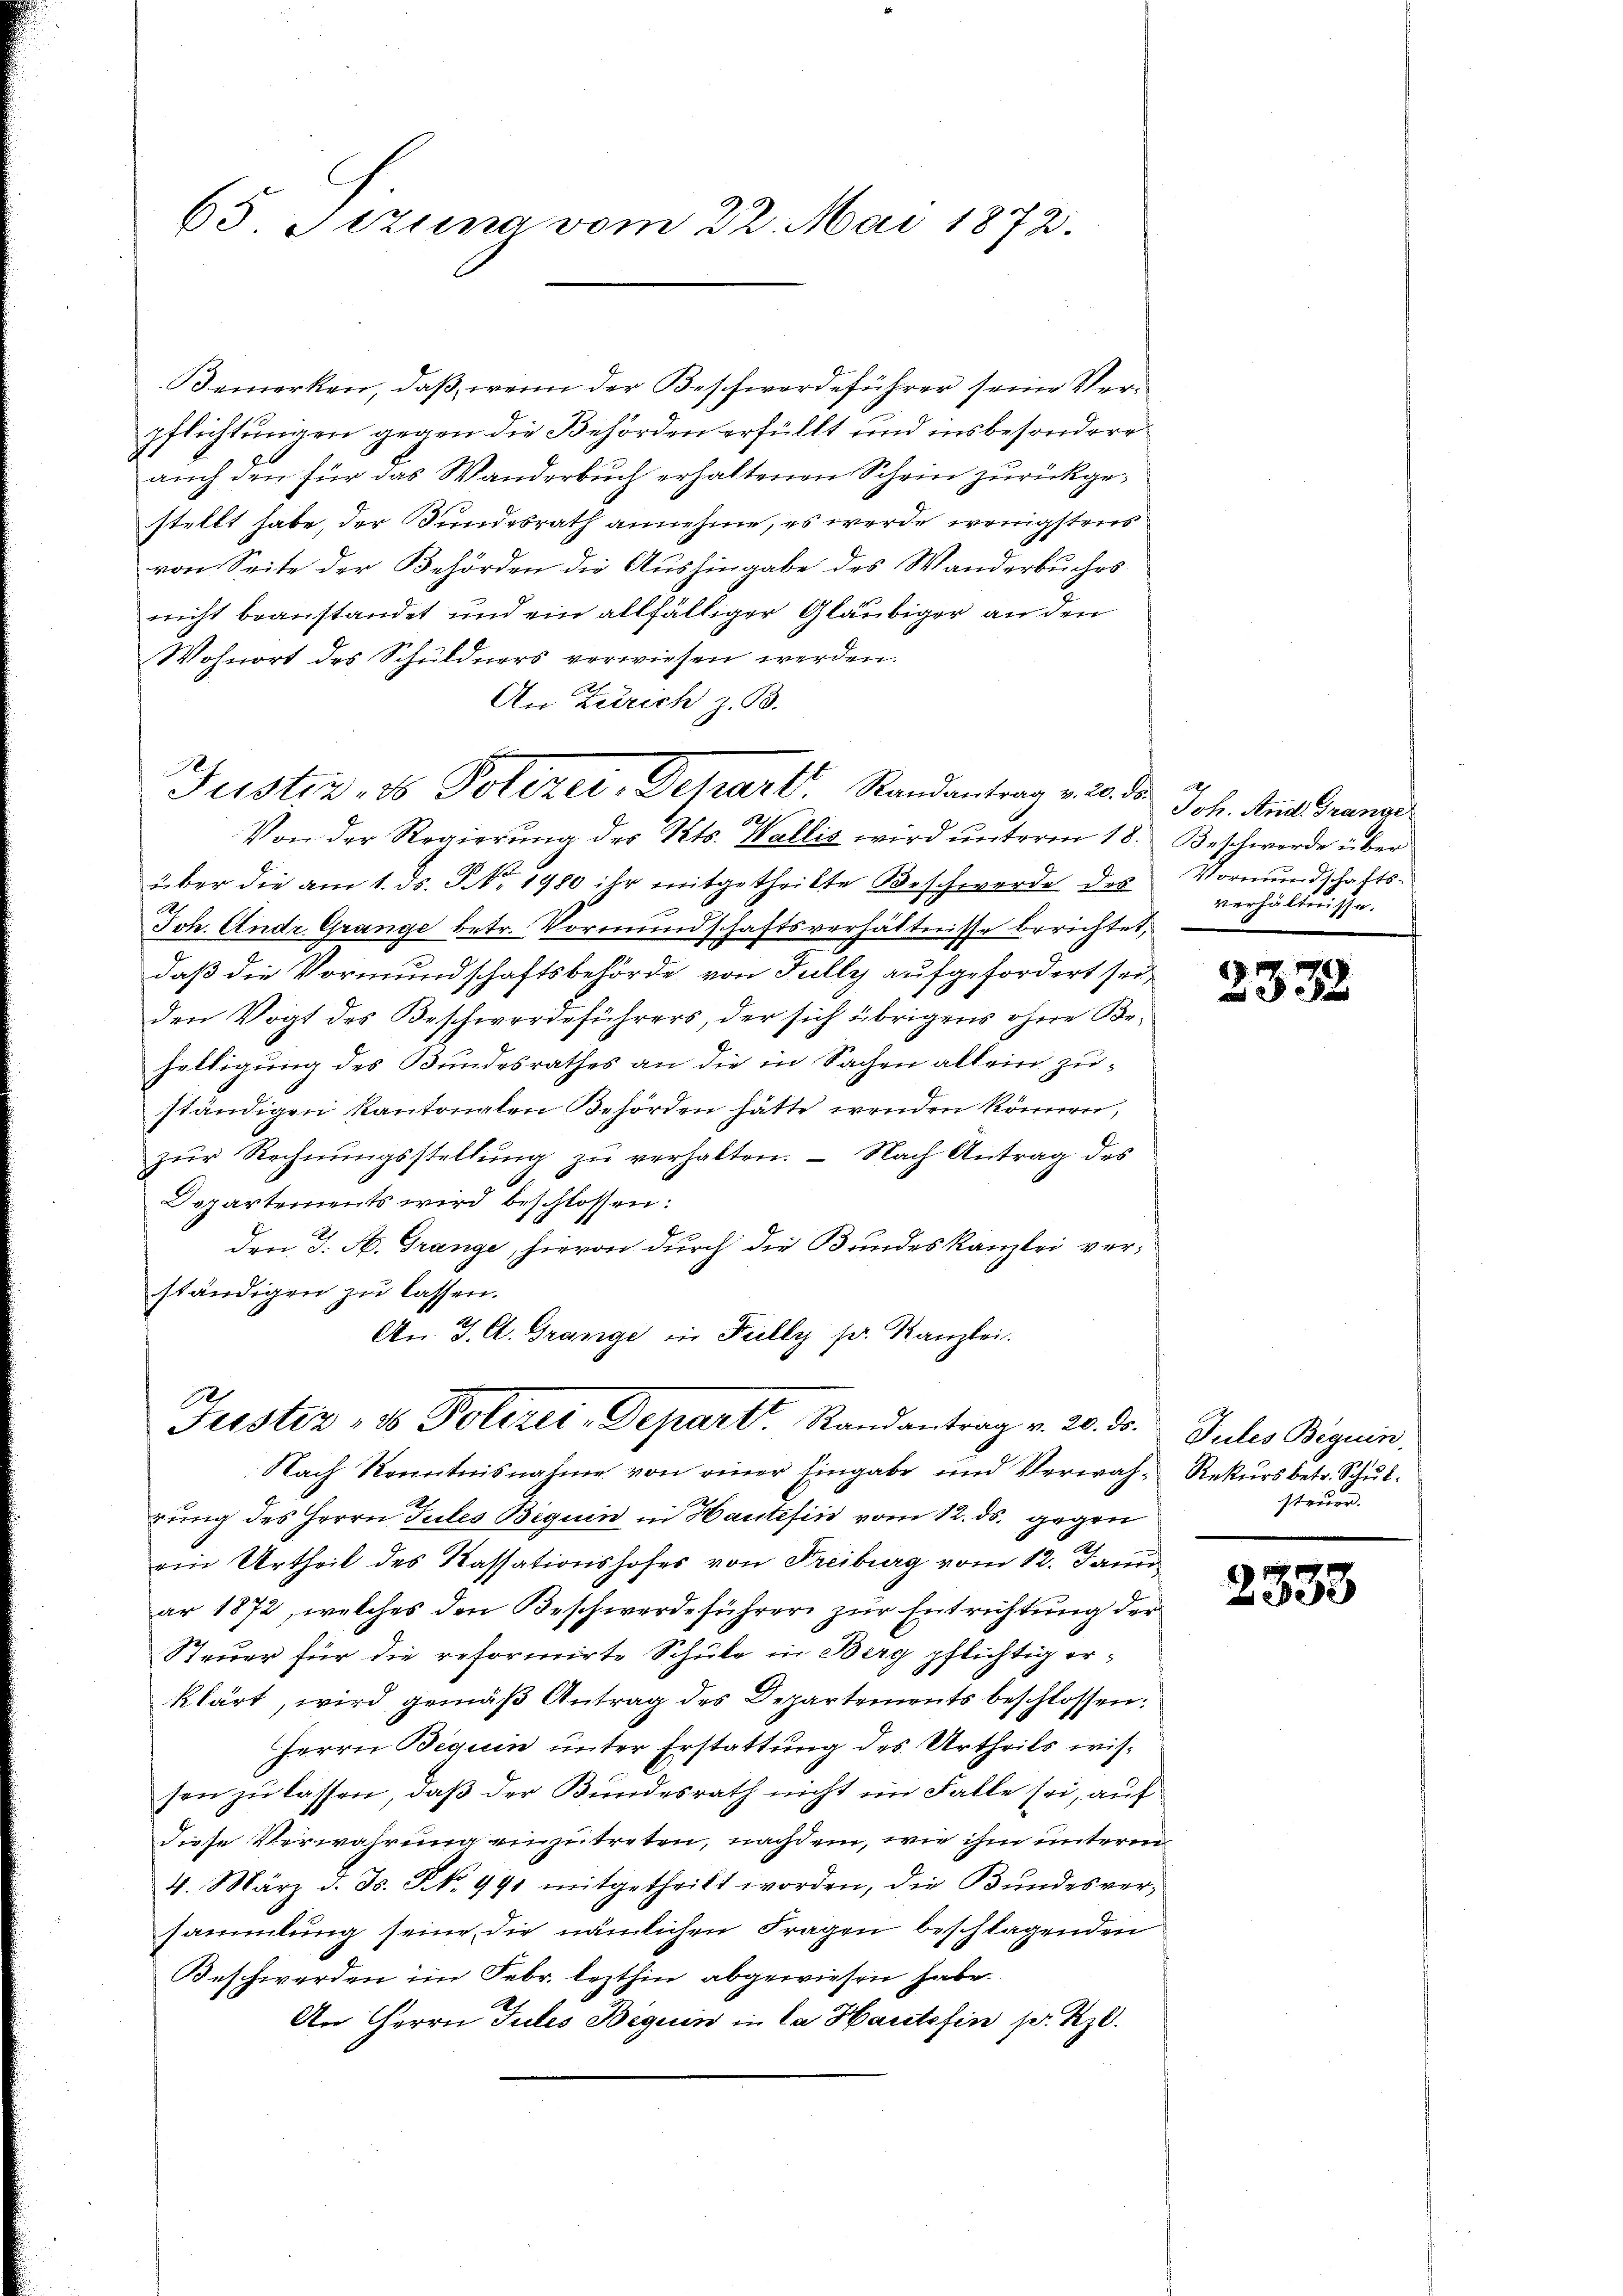
65 Sezung vom 22. Mai 1872.

Bemerken, daß, wenn der Beschwerdeführer seine Verpflichtungen gegen die Behörden erfüllt und insbesondere
auch den für das Wanderbuch erhaltenen Schein zurückgestellt habe, der Bundesrath annehme, es werde wenigstens
von Seite der Behörden die Aushingabe des Wanderbuches
nicht beanstandet und ein allfälliger Gläubiger an den
Wohnort des Schuldners verwiesen werden.
An Zürich z. B.
über die am 1. ds. S. Nr. 1980 ihr mitgetheilte Beschwerde des Vormundschafts-
.
Joh. Andr. Grange betr. Vormundschaftsverhältnisse berichtet,
daß die Vormundschaftsbehörde von Fully aufgefordert sei,
den Vogt des Beschwerdeführers, der sich übrigens ohne Behelligung des Bundesrathes an die in Sachen allein zuständigen Kantonalen Behörden hätte wenden können,
zŭr Rechnŭngsstellŭng zŭ verhalten. Nach Antrag des
Departements wird beschlossen:
den J. H. Grange, hievon durch die Bundeskanzlei verständigen zu lassen.
An J. A. Grange in Fully sr. Kanzlei.

Justiz- & Polizei, Depart. Randantrag v. 2. d. Joh. Ausdrange
Von der Regierŭng des Kts. Wallis wird ŭnterm 18. Beschwerde über

Justiz- & Polizei-Depart. Randantrag v. 20. ds.
Nach Kenntnisnahme von einer Eingabe und Verwah-Rekŭrs betr. Schŭl-

verhältnisse.

rung des Herrn Tules Beguin in Hautesin vom 12. ds. gegen
eine Urtheil des Kassationshofes von Freiburg vom 12. Janu
ar 1872, welches den Beschwerdeführer zur Entrichtung der
Steuer für die reformirte Schule in Berg pflichtig erklärt, wird gemäß Antrag des Departements beschlossen:
Herrn Bequen unter Erstattung des Urtheils wissen zu lassen, daß der Bundesrath nicht im Falle sei, auf
diese Verwahrung einzutreten, nachdem, wie ihm unterm
4. März d. Js. N. N. 991 mitgetheilt worden, die Bŭndesver-
sammlung seine die nämlichen Fragen beschlagenden
Beschwerden im Febr. lezthin abgewiesen habe.
An Herrn Jules Beguin in la Hautsfin p. Rzl.

17. 19
332

Jules Beguin,
steuer.

2333